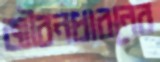
জীবনধারনের